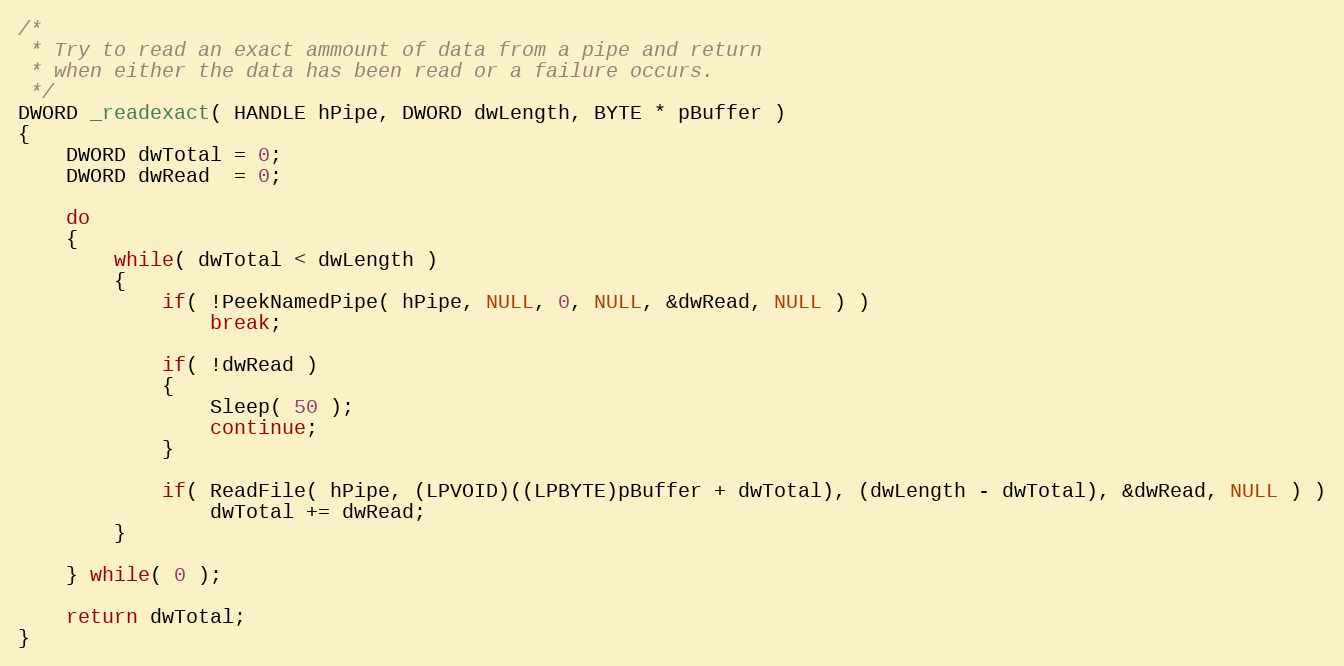
Language: C
/*
 * Try to read an exact ammount of data from a pipe and return
 * when either the data has been read or a failure occurs.
 */
DWORD _readexact( HANDLE hPipe, DWORD dwLength, BYTE * pBuffer )
{
	DWORD dwTotal = 0;
	DWORD dwRead  = 0;

	do
	{
		while( dwTotal < dwLength )
		{
			if( !PeekNamedPipe( hPipe, NULL, 0, NULL, &dwRead, NULL ) )
				break;

			if( !dwRead )
			{
				Sleep( 50 );
				continue;
			}

			if( ReadFile( hPipe, (LPVOID)((LPBYTE)pBuffer + dwTotal), (dwLength - dwTotal), &dwRead, NULL ) )
				dwTotal += dwRead;
		}

	} while( 0 );

	return dwTotal;
}